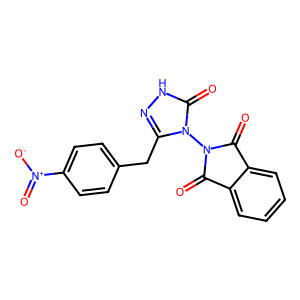
SMILES: O=C1c2ccccc2C(=O)N1n1c(Cc2ccc([N+](=O)[O-])cc2)n[nH]c1=O
Inhibits HIV replication: No